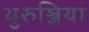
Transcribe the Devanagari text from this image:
थुरुञ्जिया